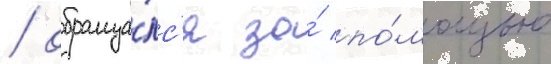
/ обраща́лс'я за́ по́мощью